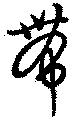
帯